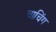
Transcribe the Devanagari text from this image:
चाचिंग